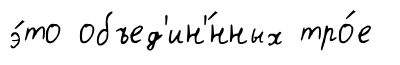
э́то объед'ин'́нных тро́е